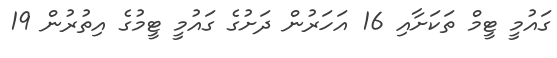
ގައުމީ ޓީމް ތަކަށާއި 16 އަހަރުން ދަށުގެ ގައުމީ ޓީމުގެ އިތުރުން 19